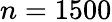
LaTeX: n=1500